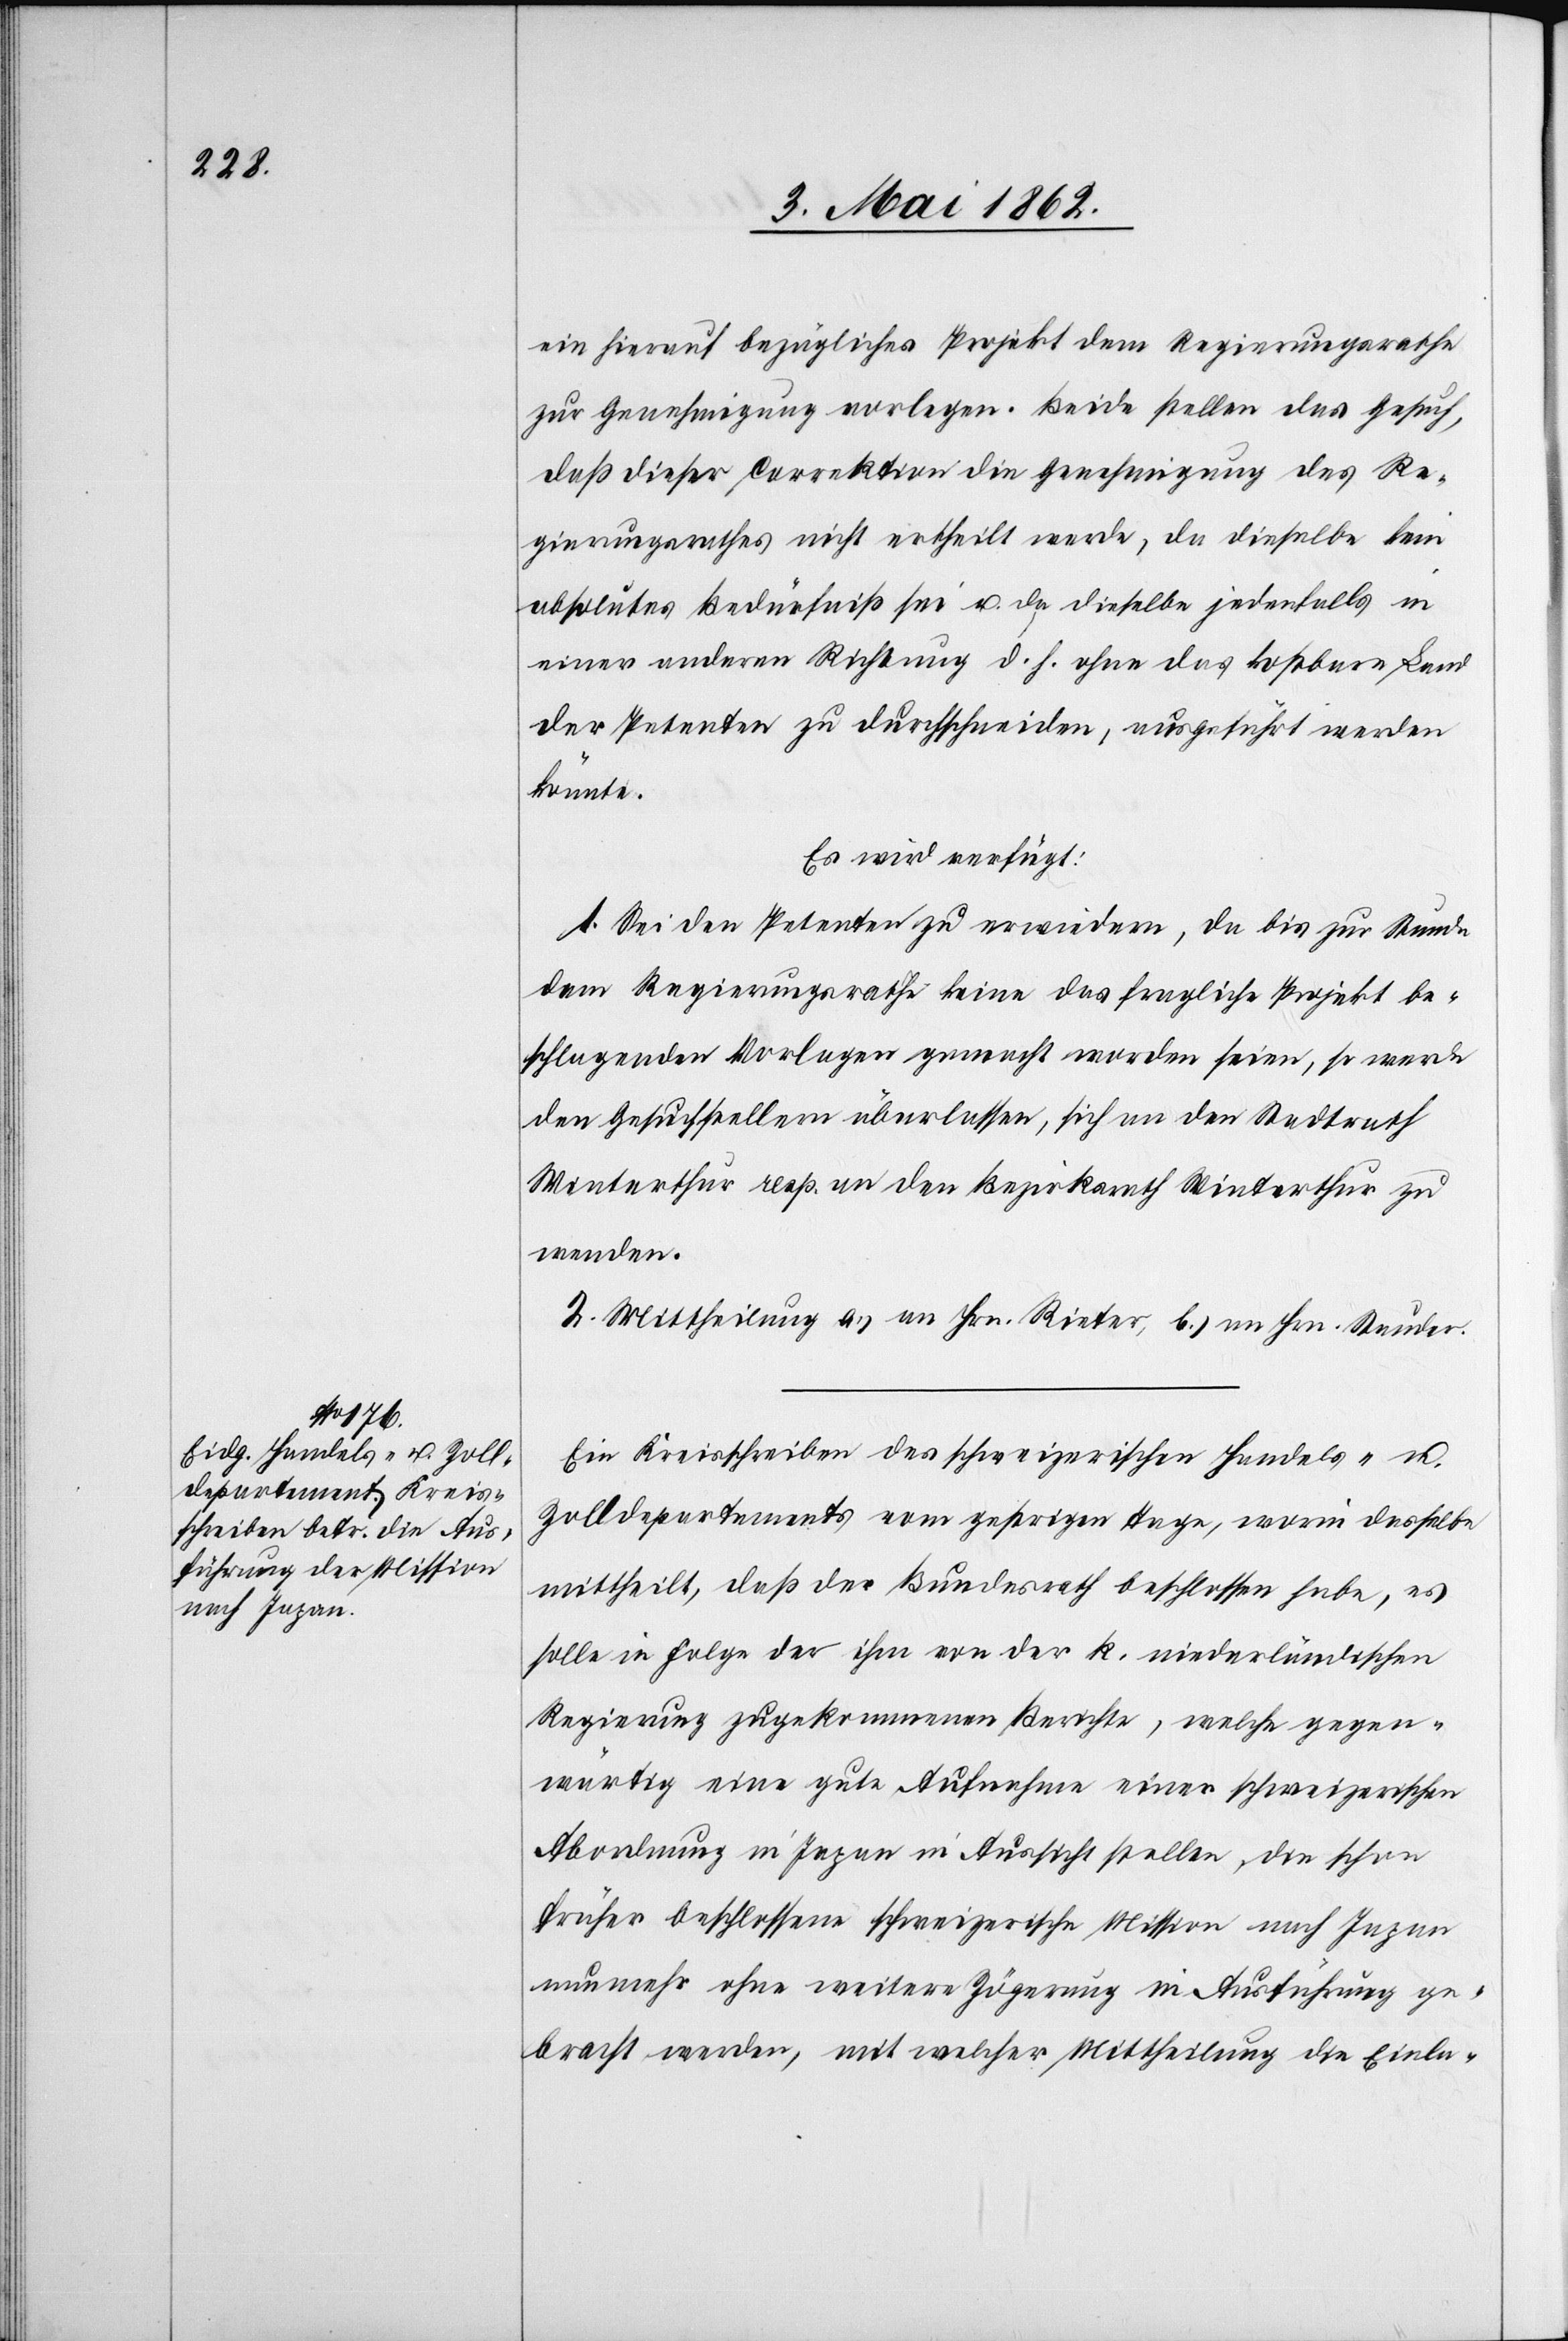
3. Mai 1862.]
ein hierauf bezügliches Projekt dem Regierungsrathe
zur Genehmigung vorlegen. Beide stellen das Gesuch,
daß dieser Correktion die Genehmigung des Re¬
gierungsrathes nicht ertheilt werde, da dieselbe kein
absolutes Bedürfniß sei u. da dieselbe jedenfalls in
einer anderen Richtung d. h. ohne das kostbare Land
der Petenten zu durchschneiden, ausgeführt werden
könnte.
Es wird verfügt:
1. Sei den Petenten zu ewiedern, da bis zur Stunde
dem Regierungsrathe keine das fragliche Projekt be¬
schlagenden Vorlagen gemacht worden seien, so werde
den Gesuchstellern überlassen, sich an den Stadtrath
Winterthur resp. an den Bezirksrath Winterthur zu
wenden.
2. Mittheilung a) an Hrn. Rieter, b) an Hrn. Stauder.
Ein Kreisschreiben des schweizerischen Handels- u.
Zolldepartements vom gestrigen Tage, worin dasselbe
mittheilt, daß der Bundesrath beschlossen habe, es
solle in Folge der ihm von der k. niederländischen
Regierung zugekommenen Berichte, welche gegen¬
wärtig eine gute Aufnahme einer schweizerischen
Abordnung in Japan in Aussicht stellen, die schon
früher beschlossene schweizerische Mission nach Japan
nunmehr ohne weitere Zögerung in Ausführung ge¬
bracht werden, mit welcher Mittheilung die Einla-